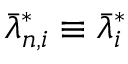
\bar { \lambda } _ { n , i } ^ { * } \equiv \bar { \lambda } _ { i } ^ { * }